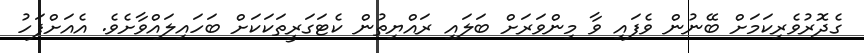
ގެދޮރުވެރިކަމަށް ބޭނުން ވެފައި ވާ މިންވަރަށް ބަލައި ރައްޔިތުން ކެޓަގަރީތަކަކަށް ބަހައިލައްވާށެވެ. އެއަށްފަހު